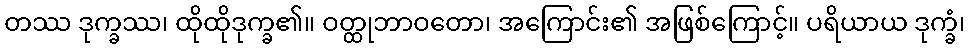
တဿ ဒုက္ခဿ၊ ထိုထိုဒုက္ခ၏။ ဝတ္ထုဘာဝတော၊ အကြောင်း၏ အဖြစ်ကြောင့်။ ပရိယာယ ဒုက္ခံ၊